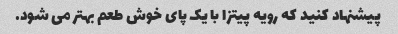
پیشنهاد کنید که رویه پیتزا با یک پای خوش طعم بهتر می شود.